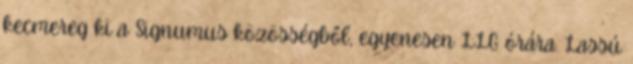
kecmereg ki a Signumus közösségből, egyenesen LLG órára. Lassú